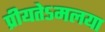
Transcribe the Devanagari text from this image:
प्रीयतेऽमलया